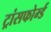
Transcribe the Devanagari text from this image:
ट्रांसफोर्म्ड